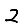
Digit: 2